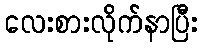
လေးစားလိုက်နာပြီး